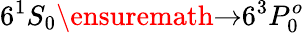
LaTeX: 6{}^{1}{S}_{0}\ensuremath{\rightarrow}6{}^{3}{P}_{0}^{o}